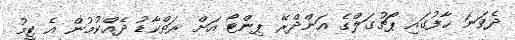
ދެވަނަ ހާފުގައި ޕޯޗުގަލްގެ އަންދްރޭ ޕިންޓޯ އަށް ރަތްކާޑު ދެއްކުމުން އެ ޓީމު